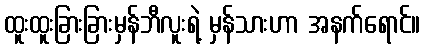
ထူးထူးခြားခြားမှန်ဘီလူးရဲ့ မှန်သားဟာ အနက်ရောင်။